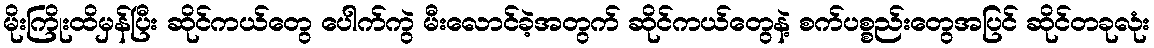
မိုးကြိုးထိမှန်ပြီး ဆိုင်ကယ်တွေ ပေါက်ကွဲ မီးလောင်ခဲ့အတွက် ဆိုင်ကယ်တွေနဲ့ စက်ပစ္စည်းတွေအပြင် ဆိုင်တခုလုံး